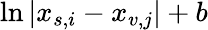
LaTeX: \ln|x_{s,i}-x_{v,j}|+b